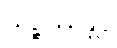
သိဉ္စိဿန္တိပိ